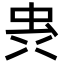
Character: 𮓼